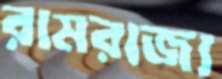
রামরাজ্য